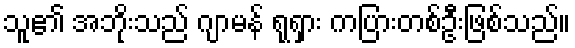
သူ၏ အဘိုးသည် ဂျာမန် ရုရှား ကပြားတစ်ဦးဖြစ်သည်။